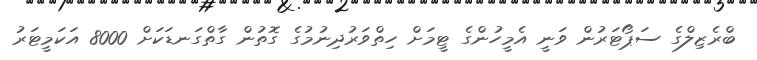
ބްރެޒިލްގެ ސަޕޯޓަރުން ވަނީ އެމީހުންގެ ޓީމަށް ހިތްވަރުދިނުމުގެ ގޮތުން ގާތްގަނޑަކަށް 8000 އަކަމީޓަރު